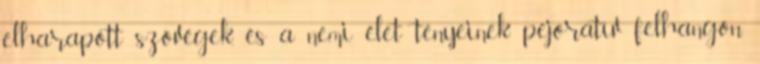
elharapott szóvégek, és a nemi élet tényeinek pejoratív felhangon